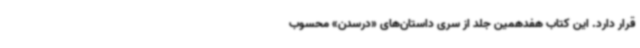
قرار دارد. این کتاب هفدهمین جلد از سری داستان‌های «درسدن» محسوب ‌